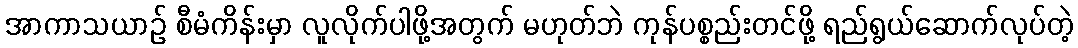
အာကာသယာဉ် စီမံကိန်းမှာ လူလိုက်ပါဖို့အတွက် မဟုတ်ဘဲ ကုန်ပစ္စည်းတင်ဖို့ ရည်ရွယ်ဆောက်လုပ်တဲ့